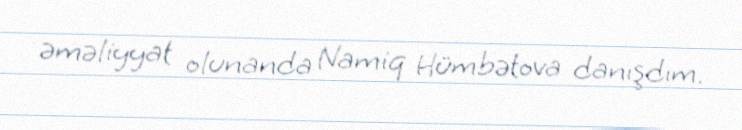
əməliyyat olunanda Namiq Hümbətova danışdım.